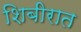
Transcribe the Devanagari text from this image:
शिबीरात